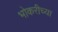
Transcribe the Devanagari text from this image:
भोकरीच्या